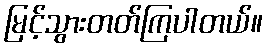
မြင့်သွားတတ်ကြပါတယ်။